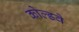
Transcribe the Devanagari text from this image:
कोल्डवे